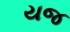
યજ